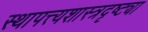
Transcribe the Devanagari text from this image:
स्थापत्त्यशास्त्रदृष्ट्या